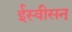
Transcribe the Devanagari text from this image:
ईस्वीसन्